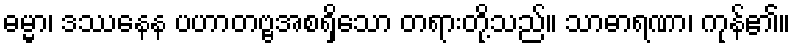
ဓမ္မာ၊ ဒဿနေန ပဟာတဗ္ဗအစရှိသော တရားတို့သည်။ သာဓာရဏာ၊ ကုန်၏။